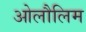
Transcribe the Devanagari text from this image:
ओलौलिम